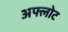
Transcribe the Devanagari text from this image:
अफ्लोट